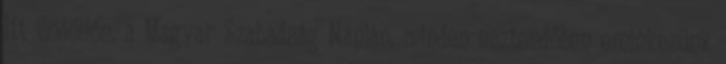
Itt Gödöllőn, a Magyar Szabadság Napján, minden esztendőben emlékezünk